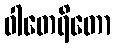
ဝါတေရိတော